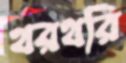
থরথরি